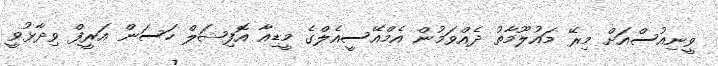
ވީނިއުސްއަށް މިރޭ މައުލޫމާތު ދެއްވަމުން އެމްއޭސީއެލްގެ މީޑިއާ އޮފިޝަލް ހަސަން އަރީފް ވިދާޅުވީ